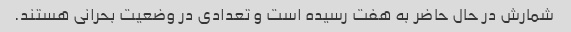
شمارش در حال حاضر به هفت رسیده است و تعدادی در وضعیت بحرانی هستند.